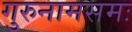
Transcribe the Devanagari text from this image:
गुरुनामसमः